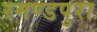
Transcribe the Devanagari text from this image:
रमण्डपुरा